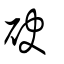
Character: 砄